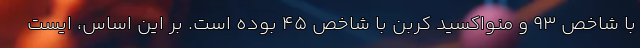
با شاخص ۹۳ و منواکسید کربن با شاخص ۴۵ بوده است. بر این اساس، ایست